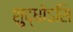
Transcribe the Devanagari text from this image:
शुद्धोऽसि